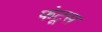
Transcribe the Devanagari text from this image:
फंटूस